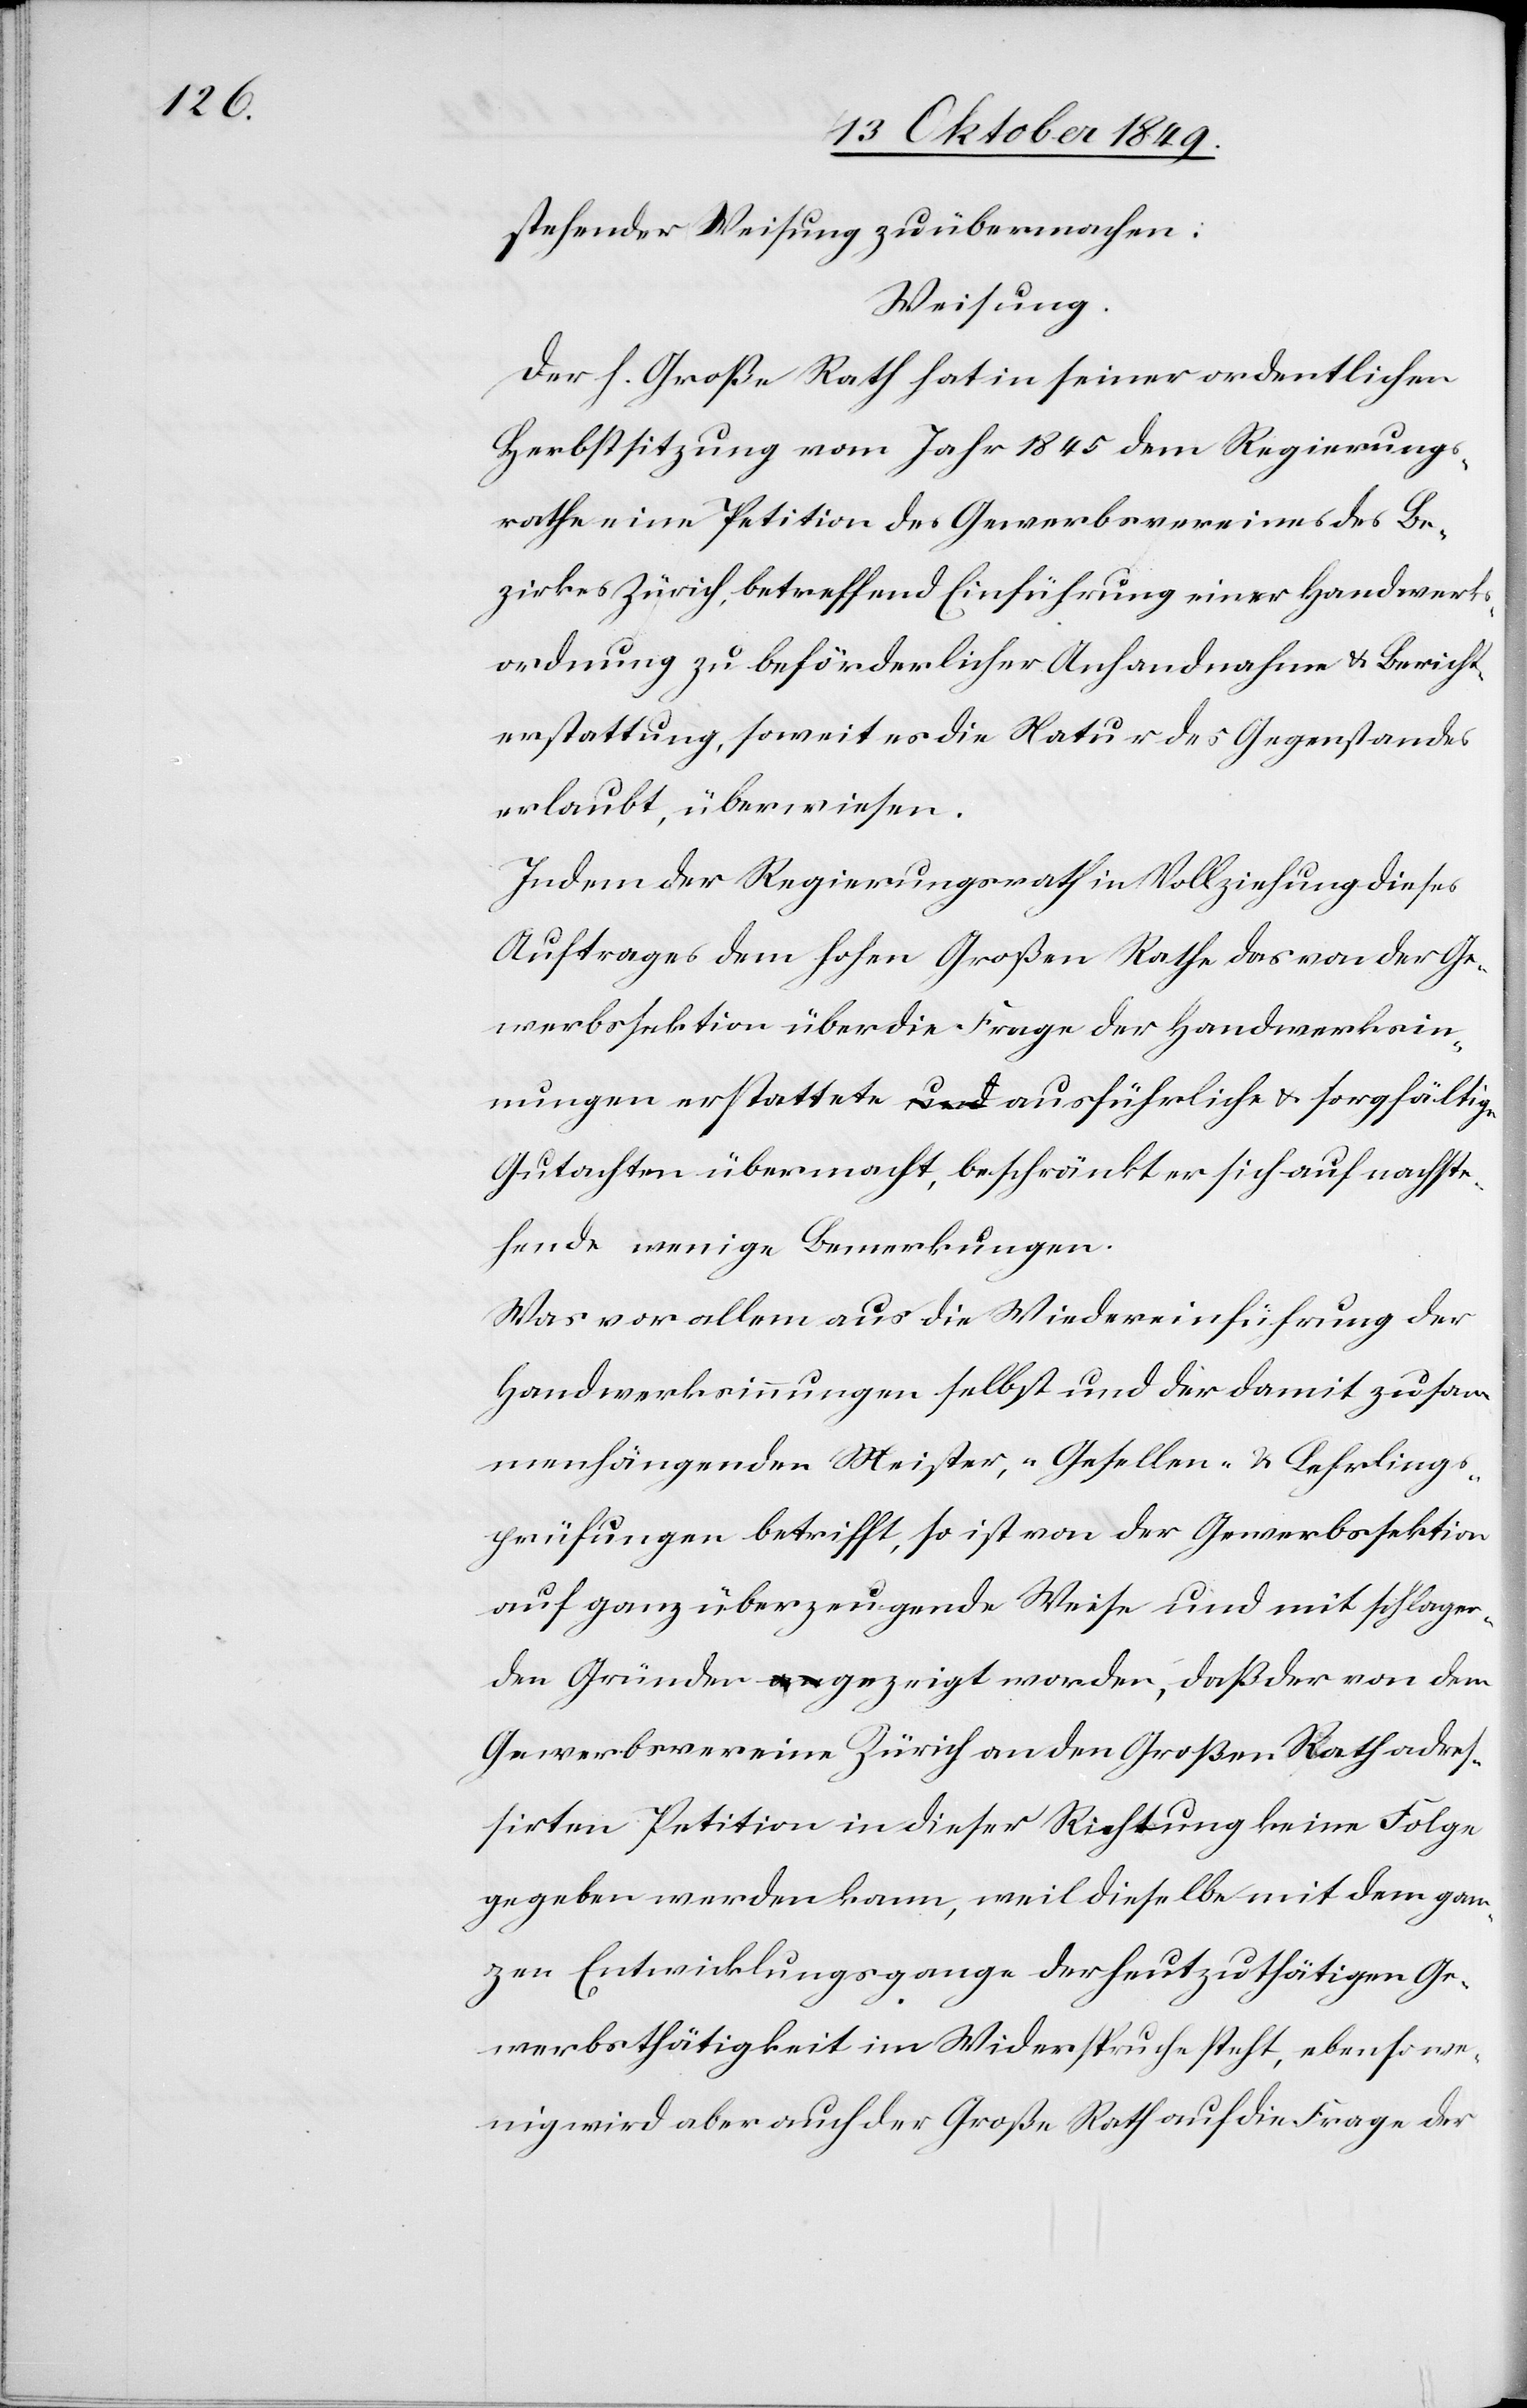
stehender Weisung zu übermachen:
Weisung:
Der h. Große Rath hat in seiner ordentlichen
Herbstsitzung vom Jahr 1845 dem Regierungs¬
rathe eine Petition des Gewerbsvereines des Be¬
zirkes Zürich, betreffend Einführung einer Handwerks¬
ordnung zu beförderlicher Anhandnahme u. Bericht¬
erstattung, soweit es die Natur des Gegenstandes
erlaubt, überwiesen.
Indem der Regierungsrath in Vollziehung dieses
Auftrages dem hohen Großen Rathe das von der Ge¬
werbssektion über die Frage der Handwerksin¬
nungen erstattete ausführliche u. sorgfältige
Gutachen übermacht, beschränkt er sich auf nachste¬
hende wenige Bemerkungen.
Was vor allem aus die Wiedereinführung der
Handwerksinnungen selbst und die damit zusam¬
mengehörenden Meister, „Gesellen- u. Lehrlings¬
prüfungen[“] betrifft, so ist von der Gewerbssektion
auf ganz überzeugende Weise und mit schlagen¬
den Gründen gezeigt worden, daß der von dem
Gewerbsvereine Zürich an den Großen Rath adres¬
sirten Petition in dieser Richtung keine Folge
gegeben werden kann, weil dieselbe mit dem gan¬
zen Entwicklungsgange der heutzuthätigen Ge¬
werbsthätigkeit im Widerspruche steht, ebenso we¬
nig wird aber auch der Große Rath auf die Frage der